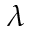
\lambda